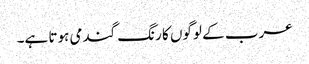
عرب کے لوگوں کا رنگ گندمی ہوتا ہے۔